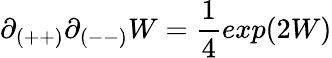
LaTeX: \partial_{(++)}\partial_{(--)}W={\frac{1}{4}}exp(2W)